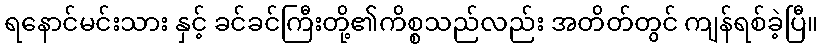
ရနောင်မင်းသား နှင့် ခင်ခင်ကြီးတို့၏ကိစ္စသည်လည်း အတိတ်တွင် ကျန်ရစ်ခဲ့ပြီ။